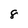
Character: 8